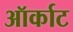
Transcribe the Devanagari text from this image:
ऑर्काट